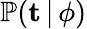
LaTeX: \mathbb{P}(\mathbf{t}\, |\, \phi)